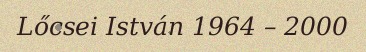
Lőcsei István 1964 – 2000